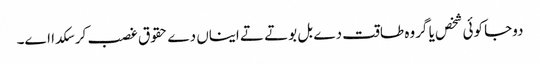
دوجا کوئی شخص یا گروہ طاقت دے بل بوتے تے ایناں دے حقوق غصب کر سکدا اے۔